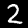
Label: 2